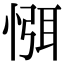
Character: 㥝